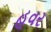
હૂવર